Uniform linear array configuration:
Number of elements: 32
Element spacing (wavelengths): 0.5
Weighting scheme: kaiser
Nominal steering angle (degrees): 15
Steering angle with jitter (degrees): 14.163
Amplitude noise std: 0.05
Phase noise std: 0.05

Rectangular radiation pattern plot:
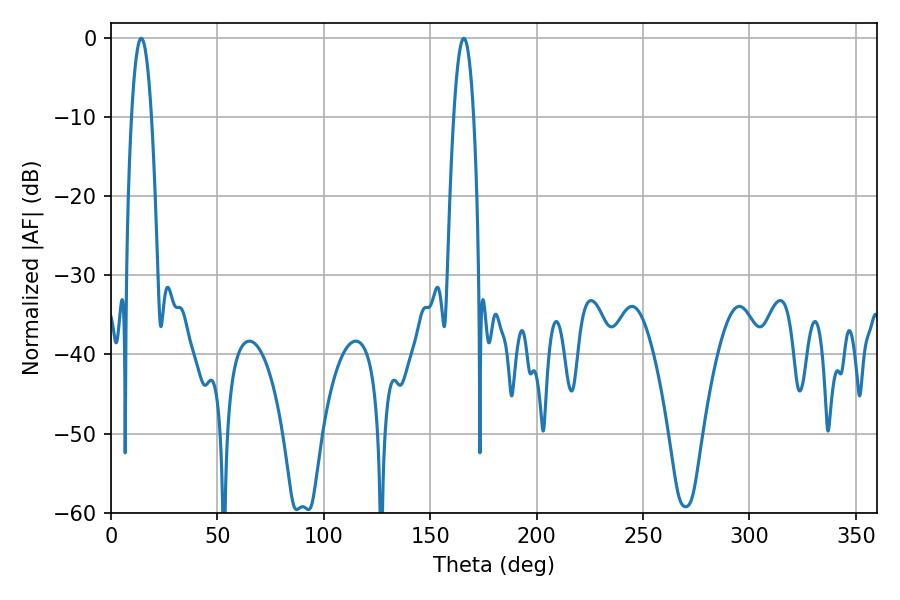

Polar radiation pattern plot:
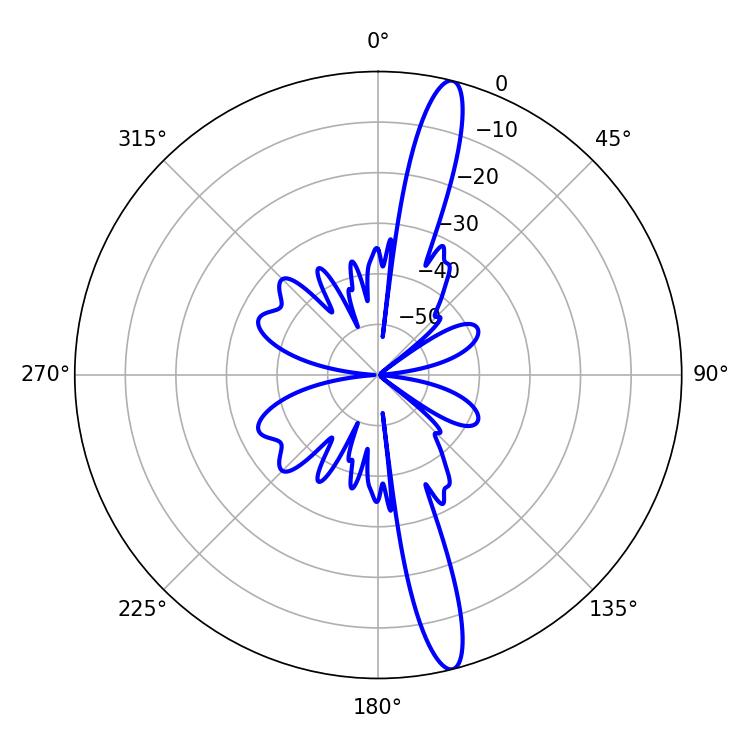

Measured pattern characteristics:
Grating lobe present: FALSE
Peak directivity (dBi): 16.215
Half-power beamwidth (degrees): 5.04
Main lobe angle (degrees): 165.78